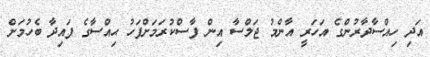
އަދި ހިއްސާދާރުންގެ އަހަރީ އާންމު ޖަލްސާ އިން ފާސްކުރަމަށްފަހު ޙިއްސާގެ ފައިދާ ބެހުމަށް